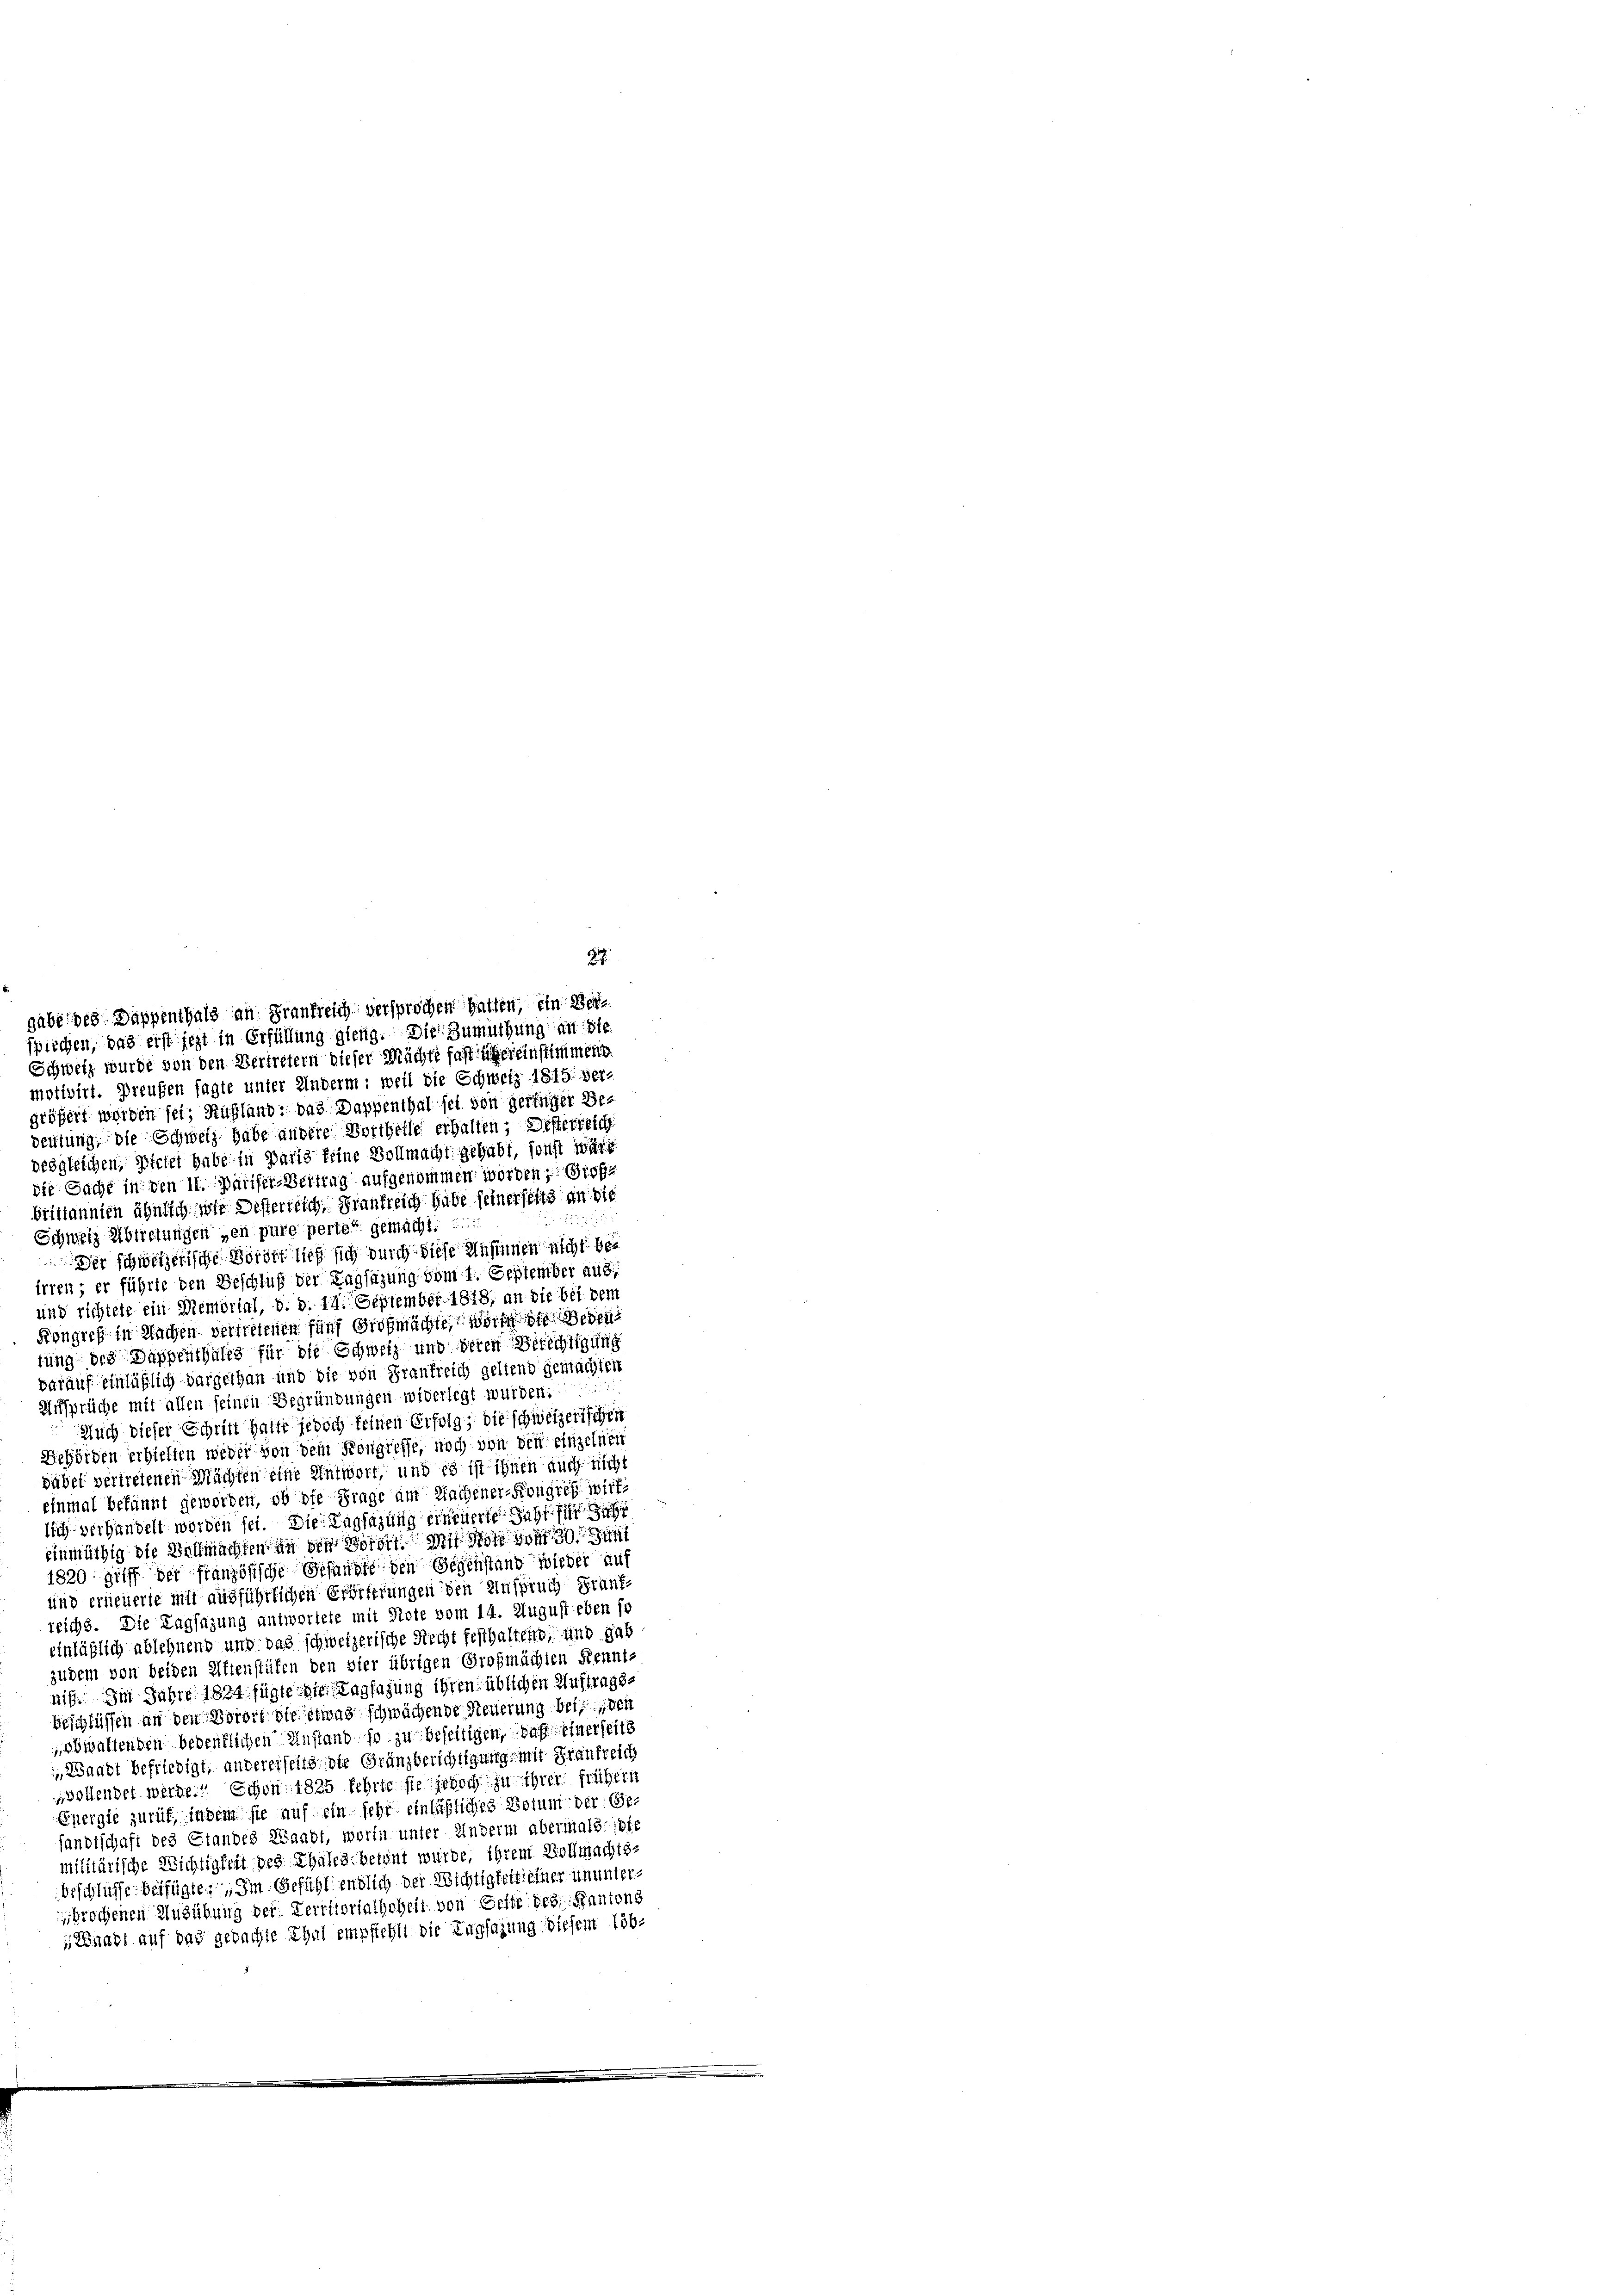
motivirt. Preußen sagte unter Anderm: weil die Schweiz 1815. ver-
größert werden sei, Rußland: das Dappenthal sei von geringer Bedeutung, die Schweiz habe andere Vortheile erhalten; Desterreich
geögleichen, Dickel habe in Parte feine Vollmacht gehabt, sonst wa
die Sache in den 11. Pariser-Vertrag aufgenommen worden, Große
brittannien ähnlich sehe Desterreich, Frankreich habe seiner sitts an die

Schweiz, Abtretungen gen pure perter gemacht.
Der schweizerische Morderlief sich durch diese Ansinnen nicht bei
irien; er führte den Beschluß der Tagsazung vom 1. September aus
und richtete ein Memorial, d. d. 14. September 1818; an die bei dem
Kongreß in Wachen vertretenen fünf Großmächte, worde die Leben
tung des Dappenthales für die Schweiz und deren Berichtigung
darauf einläßlich dargethan und die von Frankreich geltend gemachten
Ursprüche mit allen seinen Begründungen widerlegt wurden:
Auch dieser Schritt hatte jedoch keinen Erfolg, die schwerzeitschen
Behörden erhielten weder von dem Kongreffe, noch von der einzelnen
dübel vertretenen Mächten eine Antwort, und es ist ihnen auch nicht
einmal bekannt geworden, ob die Frage am Wachener-Kongreß wirk
lich verhandelt worden sei. Die Tagsazung erneuerte das für das
einmüthig die Vollmachten in den Wortet. Mit Note vom 30. Juni
1820 griff der französische Gesandte den Gegenstand wieder auf
und erneuerie mit ausführlichen Erörterungen den Anspruch Frantreichs. Die Tagsazung antwortete mit Rote vom 14. August eben so
einläßlich ablehnend und das schweizerische Recht festhaltend, und gab
zudem von beiden Attenstüfen den vier übrigen Grofmächten Kennt-
nif. Im Jahre 1824 fügte die Tagsazung ihren üblichen Auftrags-
beschlüssen an den Vorort die etwas schwächende Neuerung beiden
schwaltenden bedenklichen Anstand so zu beseitigen, daß einerseits
 Waadt befriedigt, andererseits, die Gränzberichtigung mit Frankreich
vollendet werde. Schon 1825 fehrte sie jedoch zu ihrer frühern
Energie zurück, indem sie auf ein sehr einläßliches Votum der Gesandtschaft des Standes Waadt, worin unter Anderm abermals inte
militärische Wichtigkeit des Thales betont wurde, ihrem Vollmachts-
beschlüsse. Beifügten. Im Gefühl endlich der Wichtigkeit einer ununterbrochenen Ausübung der Territorialhoheit von Seite des Kantons
Snagt auf das gedachte Thal empfiehlt die Tagsazung diesem löb.

gube des Dappenthals an Frankreich versprochen hatten, ein der
spischen, das erst jezt in Erfüllung gieng. Die Zumuthung an Ste
Schweiz wurde von den Vertretern dieser Mächte fast sichereinstimmene

.

87